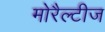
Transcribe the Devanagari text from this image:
मोरैल्टीज